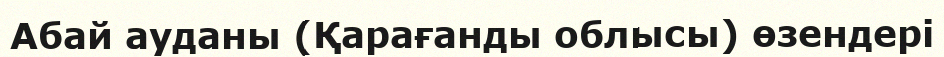
Абай ауданы (Қарағанды облысы) өзендері